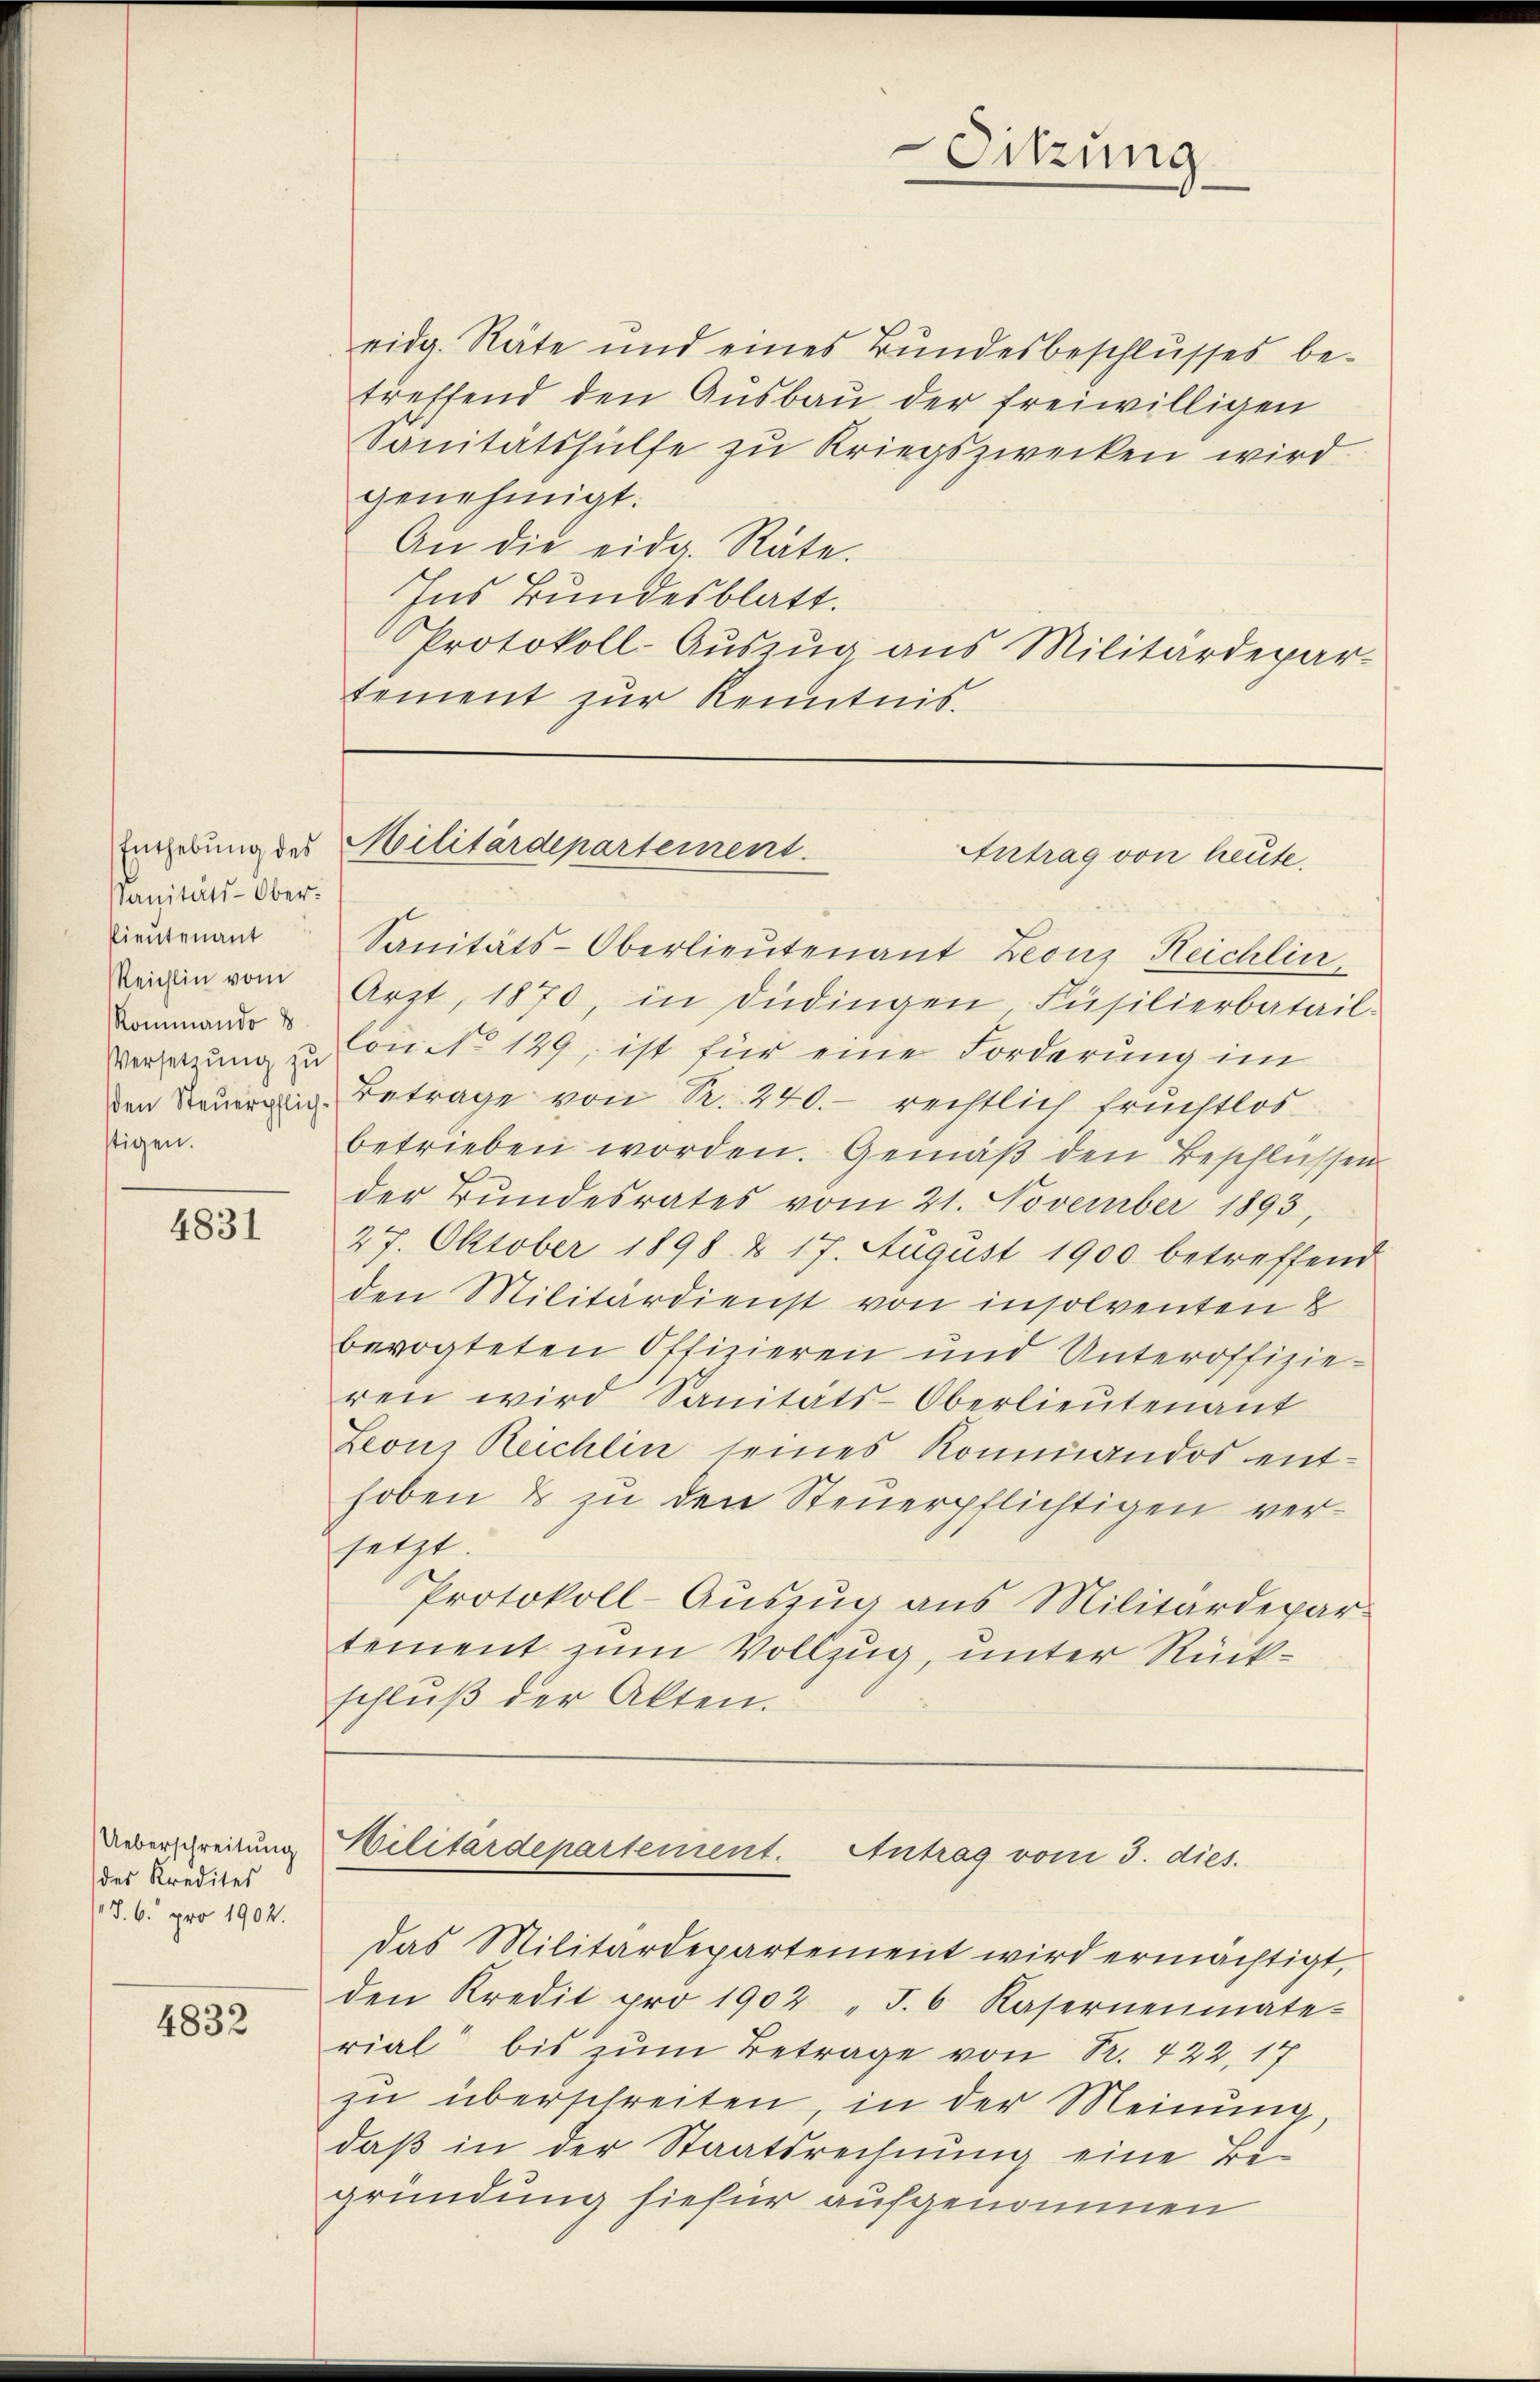
Enthebŭng des
Sanitäts-Ober¬
Pientenant
Reichlin vom
Rommando 8
stigen.

4831

des Kredites
§. 6. pro 1902.

4832

eidg. Räte und eines Bundesbeschlusses betreffend den Ausbau der freiwilligen
Sanitätshülfe zu Kriegszwecken wird.
genehmigt.
An die eidg. Räte.
Ins Bundesblatt.
Protokoll-Auszug aus Militärdepar-
tement zŭr Kenntnis.

Sanitäts-Oberlieutenant Leonz Reichlin
Arzt, 1870, in Düdingen Füsilierbatail-
Vergerung zu Conto 129, ist für eine Forderung im
den Steuerlich Betrage von R. 240. - rechtlich fruchtlos
betrieben worden. Gemäβ den Beschlüssen
der Bundesrates vom 21. November 1893,
27. Oktober 1898 & 17. August 1900 betreffend
den Militärdienst von insolventen &
bevogteten Offizieren und Unteroffizie-
ren wird Sanitäts-Oberlieutenant
Leonz Reichlin seines Kommandos enthoben & zu den Steuerpflichtigen versetzt.
Protokoll-Auszug aus Militärdepartement zum Vollzug, unter Rückschlŭβ der Akten.

Sitzung

Militärdepartement.
Antrag von heute.

Ueberschreitung Militärdepartement. Antrag vom 3. dies.

das Militärdepartement wird ermächtigt,
den Kredit pro 1902 "J.6 Kasernenmate-
rial bis zum Betrage von R. 422, 17
zu überschreiten, in der Meinung,
daß in der Staatsrechnung eine Be-
gründung hiefür aufgenommen